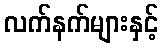
လက်နက်များနှင့်